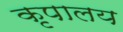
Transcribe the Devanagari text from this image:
कृपालय